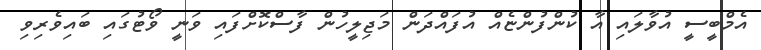
އެމްބީސީ އުވާލައި އާ ކުންފުންޏެއް އުފައްދަން މަޖިލީހުން ފާސްކޮށްފައި ވަނީ ވޯޓުގައި ބައިވެރިވި